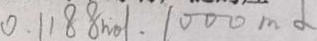
0 . \vert 1 8 8 m d \vert . 1 0 0 0 m d